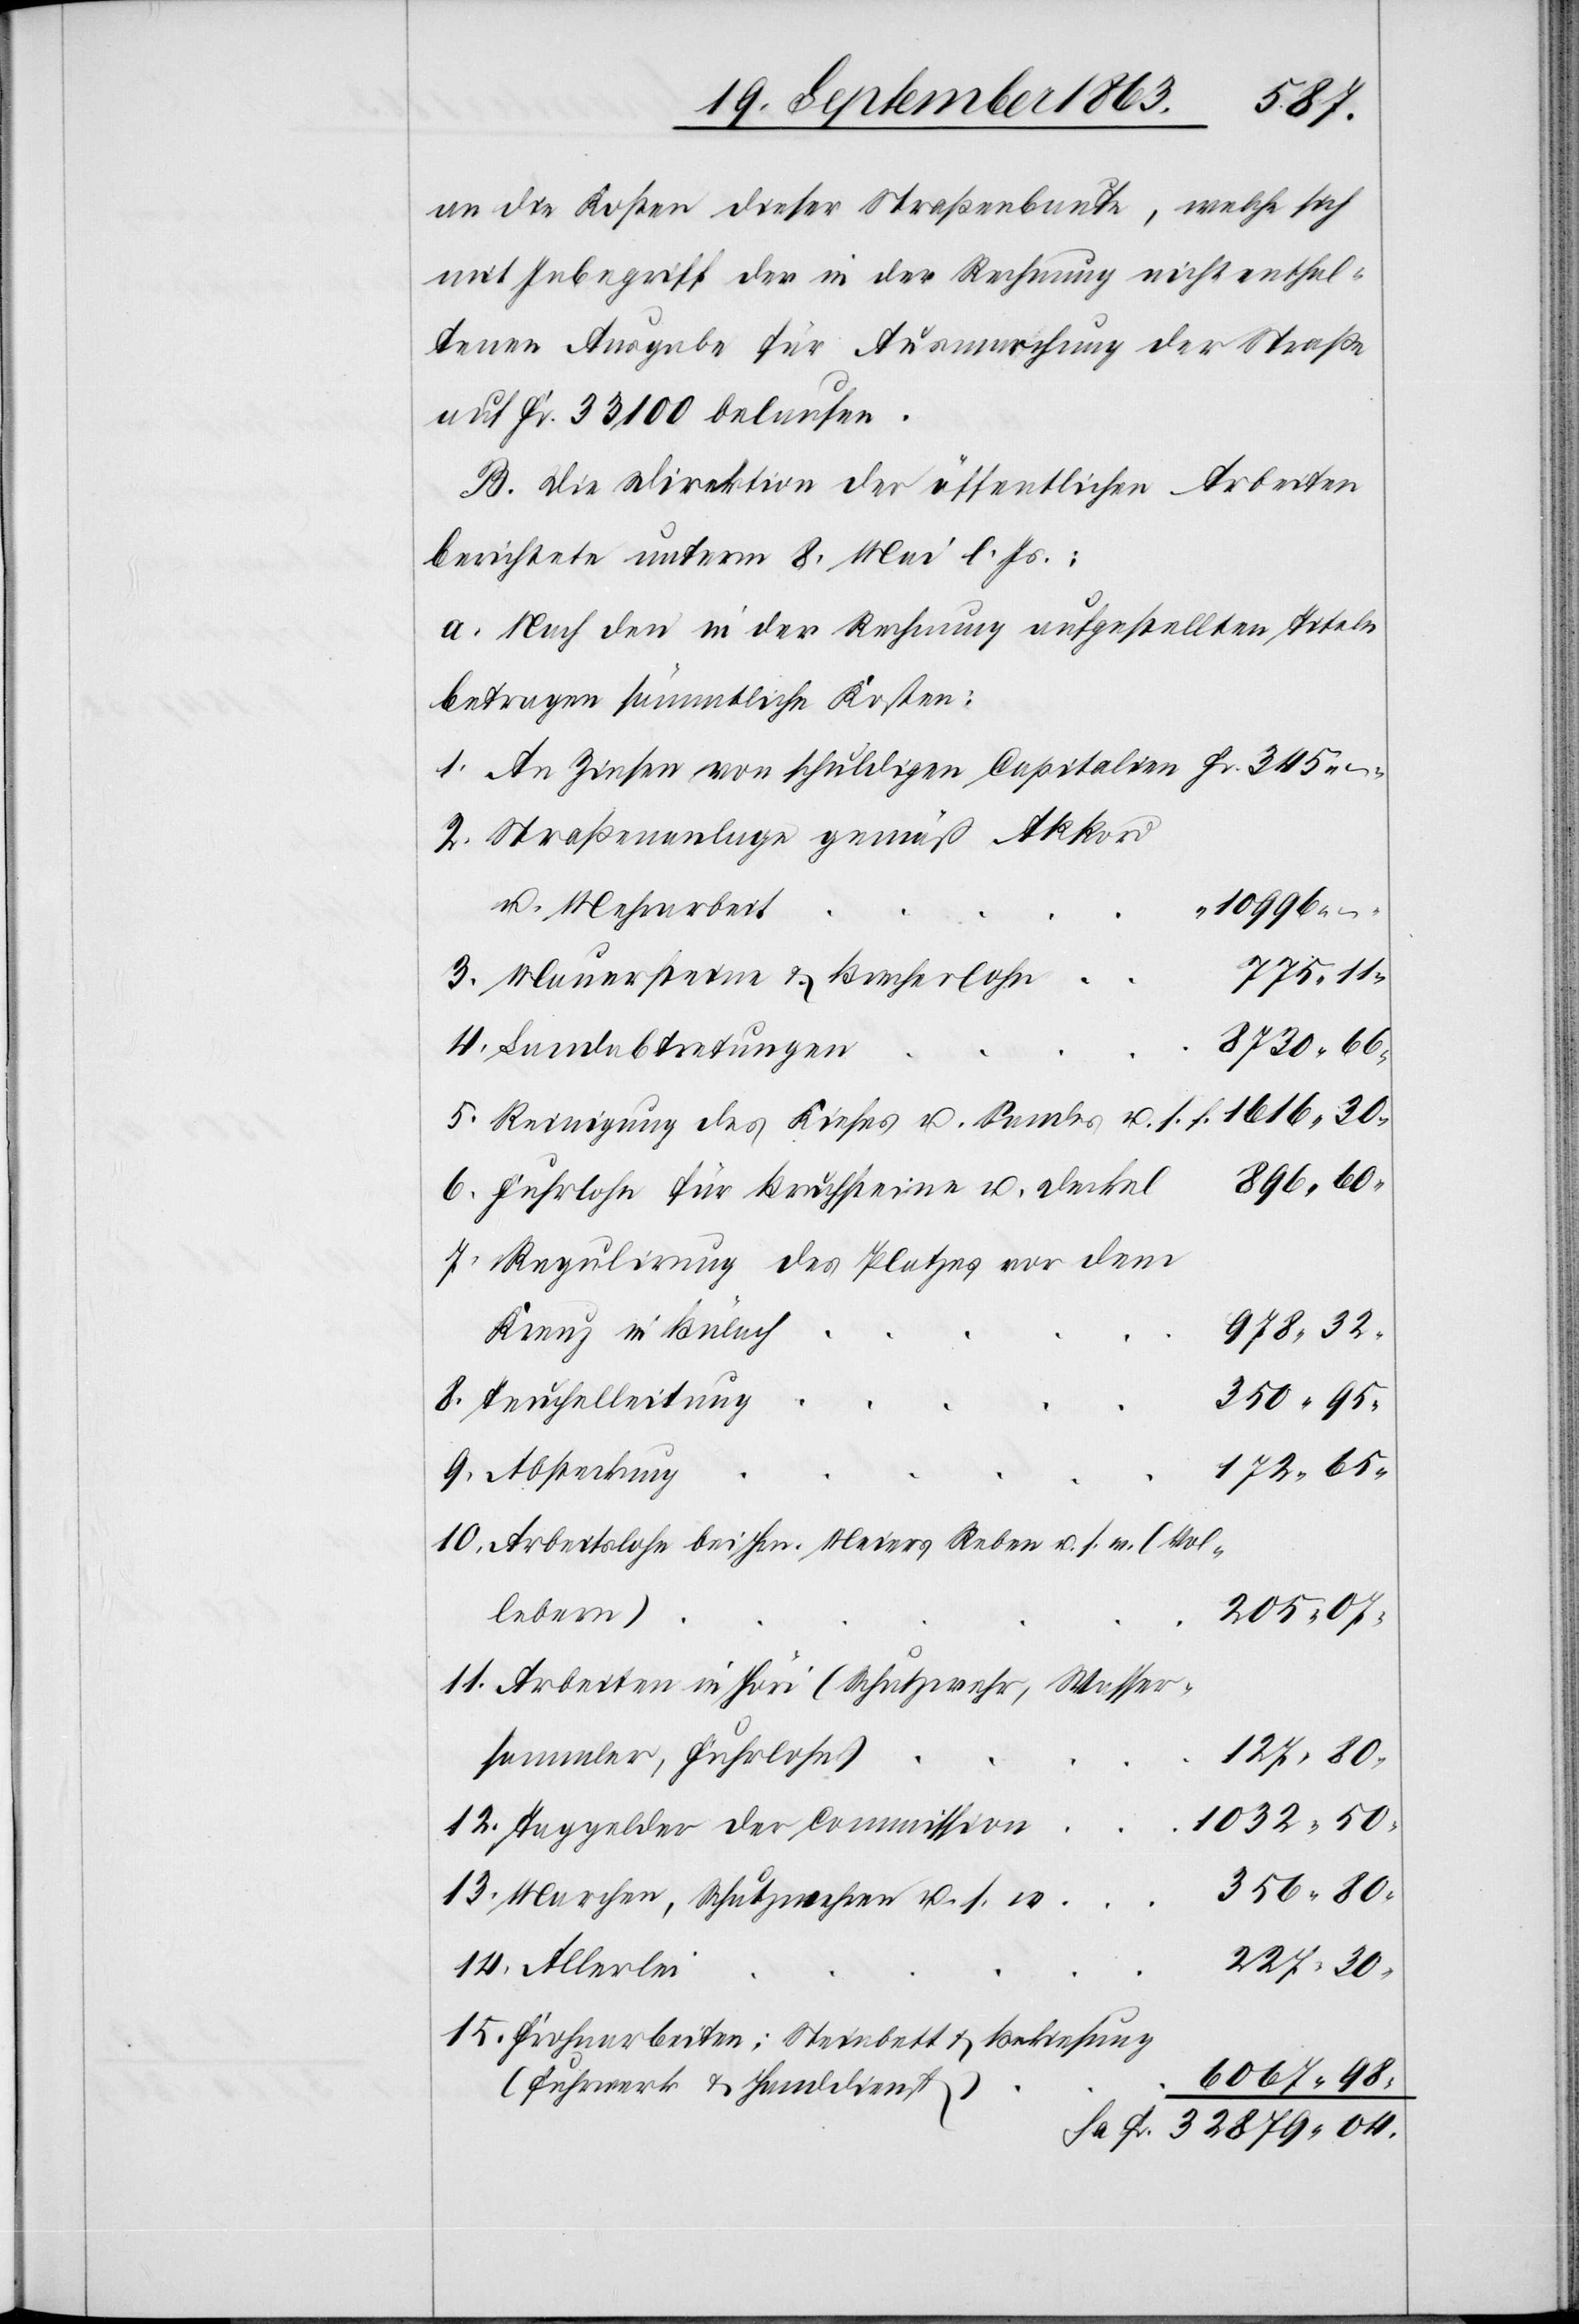
Fr.
an die Kosten dieser Straßenbaute, welche sich
mit Inbegriff der in der Rechnung nicht enthal¬
tenen Ausgabe für Ausmarchung der Straße
auf Fr. 33 100 belaufen.
B. Die Direktion der öffentlichen Arbeiten
berichtete unterm 8. Mai l. Js.:
a. Nach den in der Rechnung aufgestellten Titeln
betragen sämmtliche Kosten:
An Zinsen von schuldigen Capitalien
Straßenanlage gemäß Akkord
u. Mehrarbeit
10 996.
775. 11.
Mauersteine & Brecherlohn
8730. 66.
Landabtretungen
Reinigung des Kieses u. Sandes u. s. f.
896. 60.
Fuhrlohn für Bruchsteine u. Deckel
Regulirung des Platzes vor dem
Kreuz in Bülach
978. 32.
Teuchelleitung
350. 95.
172. 65.
Arbeitslohn bei Hrn. Meiers Reben u. s. w. (Vol¬
lebern)
205. 07.
Arbeiten in Höri (Schutzwehr, Wasser¬
sammler, Fuhrlohn)
227. 30.
1032. 50.
Taggelder der Commission
356. 80.
Marchen, Schutzwehren u. s. w.
Frohnarbeiten: Steinbett & Bekiesung
6067. 98.
(Fuhrwerk & Handdienst)
32 879. 04